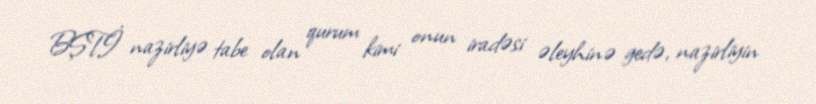
BŞTİ nazirliyə tabe olan qurum kimi onun iradəsi əleyhinə gedə, nazirliyin